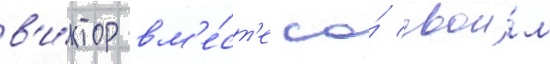
в'и́ктор вм'е́ст'е со́ свои́м